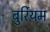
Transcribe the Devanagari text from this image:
बुर्रियम